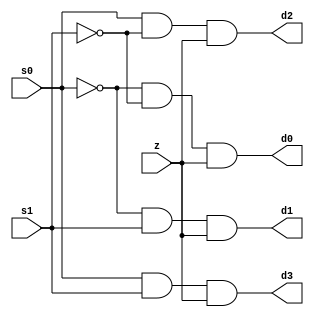
module demux1_4(z,s0,s1,d0,d1,d2,d3);
output d0,d1,d2,d3;
input z,s0,s1;
wire s0bar,s1bar;
not(s0bar,s0);
not(s1bar,s1);
and(d0,s0bar,s1bar,z);
and(d1,s0bar,s1,z);
and(d2,s0,s1bar,z);
and(d3,s0,s1,z);
endmodule